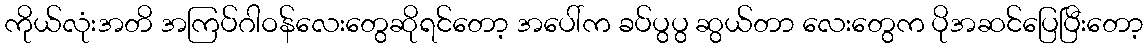
ကိုယ်လုံးအတိ အကြပ်ဂါဝန်လေးတွေဆိုရင်တော့ အပေါ်က ခပ်ပွပွ ဆွယ်တာ လေးတွေက ပိုအဆင်ပြေပြီးတော့